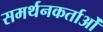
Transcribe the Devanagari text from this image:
समर्थनकर्ताओं